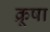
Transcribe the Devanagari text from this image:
क्रूषा